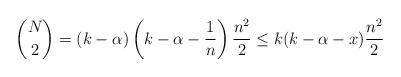
LaTeX: \begin{align*}\binom{N}{2}=(k-\alpha)\left(k-\alpha-\frac{1}{n}\right)\frac{n^2}{2} \leq k(k-\alpha-x)\frac{n^2}{2}\end{align*}